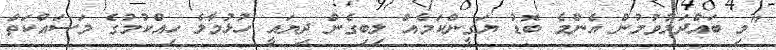
"މި ބައްދަލުވުމުން އެންމެ ބޮޑު ޔަގީންކަމެއް ލިބިގެން ދިޔައީ ހުޅުމާލެ ހިއްކުމުގެ މަސައްކަތް